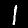
Label: 1